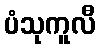
ပံသုကူလီ